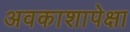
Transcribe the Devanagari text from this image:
अवकाशापेक्षा